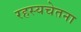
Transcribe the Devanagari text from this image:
रहस्यचेतना